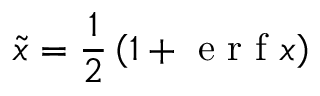
\tilde { x } = \frac { 1 } { 2 } \left( 1 + \mathrm { ~ e ~ r ~ f ~ } { x } \right)